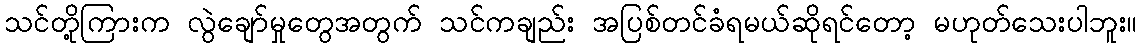
သင်တို့ကြားက လွဲချော်မှုတွေအတွက် သင်ကချည်း အပြစ်တင်ခံရမယ်ဆိုရင်တော့ မဟုတ်သေးပါဘူး။